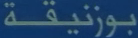
بورتیقة